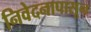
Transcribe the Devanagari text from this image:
निवेदनापासून